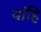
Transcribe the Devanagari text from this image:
यांहि